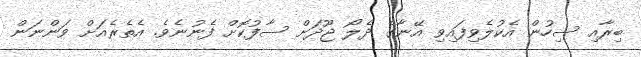
ބިރާއި ސިހުން އެކުލެވިފައިވި އޭނާގެ ދެލޯ ޖޫދަށް ސާފުކޮށް ފެނުނެވެ. އެތެރެއަށް ވަންނަން